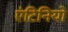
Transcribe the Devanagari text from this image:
एंटिनियो